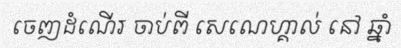
ចេញដំណើរ ចាប់ពី សេណេហ្គាល់ នៅ ឆ្នាំ